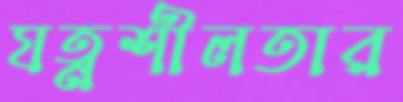
যত্নশীলতার